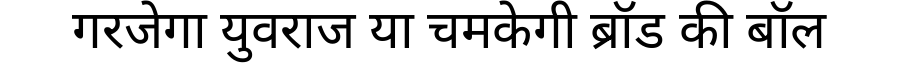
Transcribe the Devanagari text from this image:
गरजेगा युवराज या चमकेगी ब्रॉड की बॉल